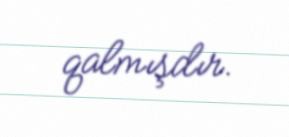
qalmışdır.